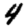
Digit: 4